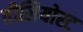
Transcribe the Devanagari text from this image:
तीलियोस्ट